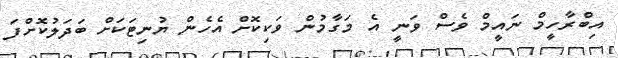
އިބްރާހީމް ނައީމް ވެސް ވަނީ އެ މަގާމުން ވަކިކޮށް އެހެން ޔުނިޓަކަށް ބަދަލުކޮށްފަ